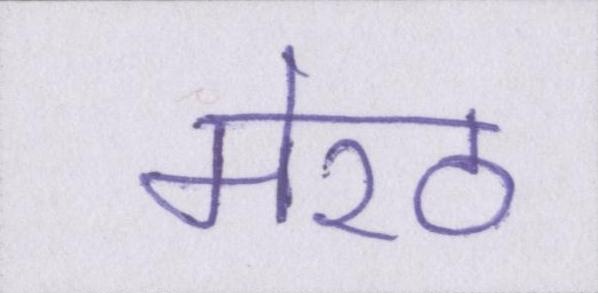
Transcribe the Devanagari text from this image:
मेरठ